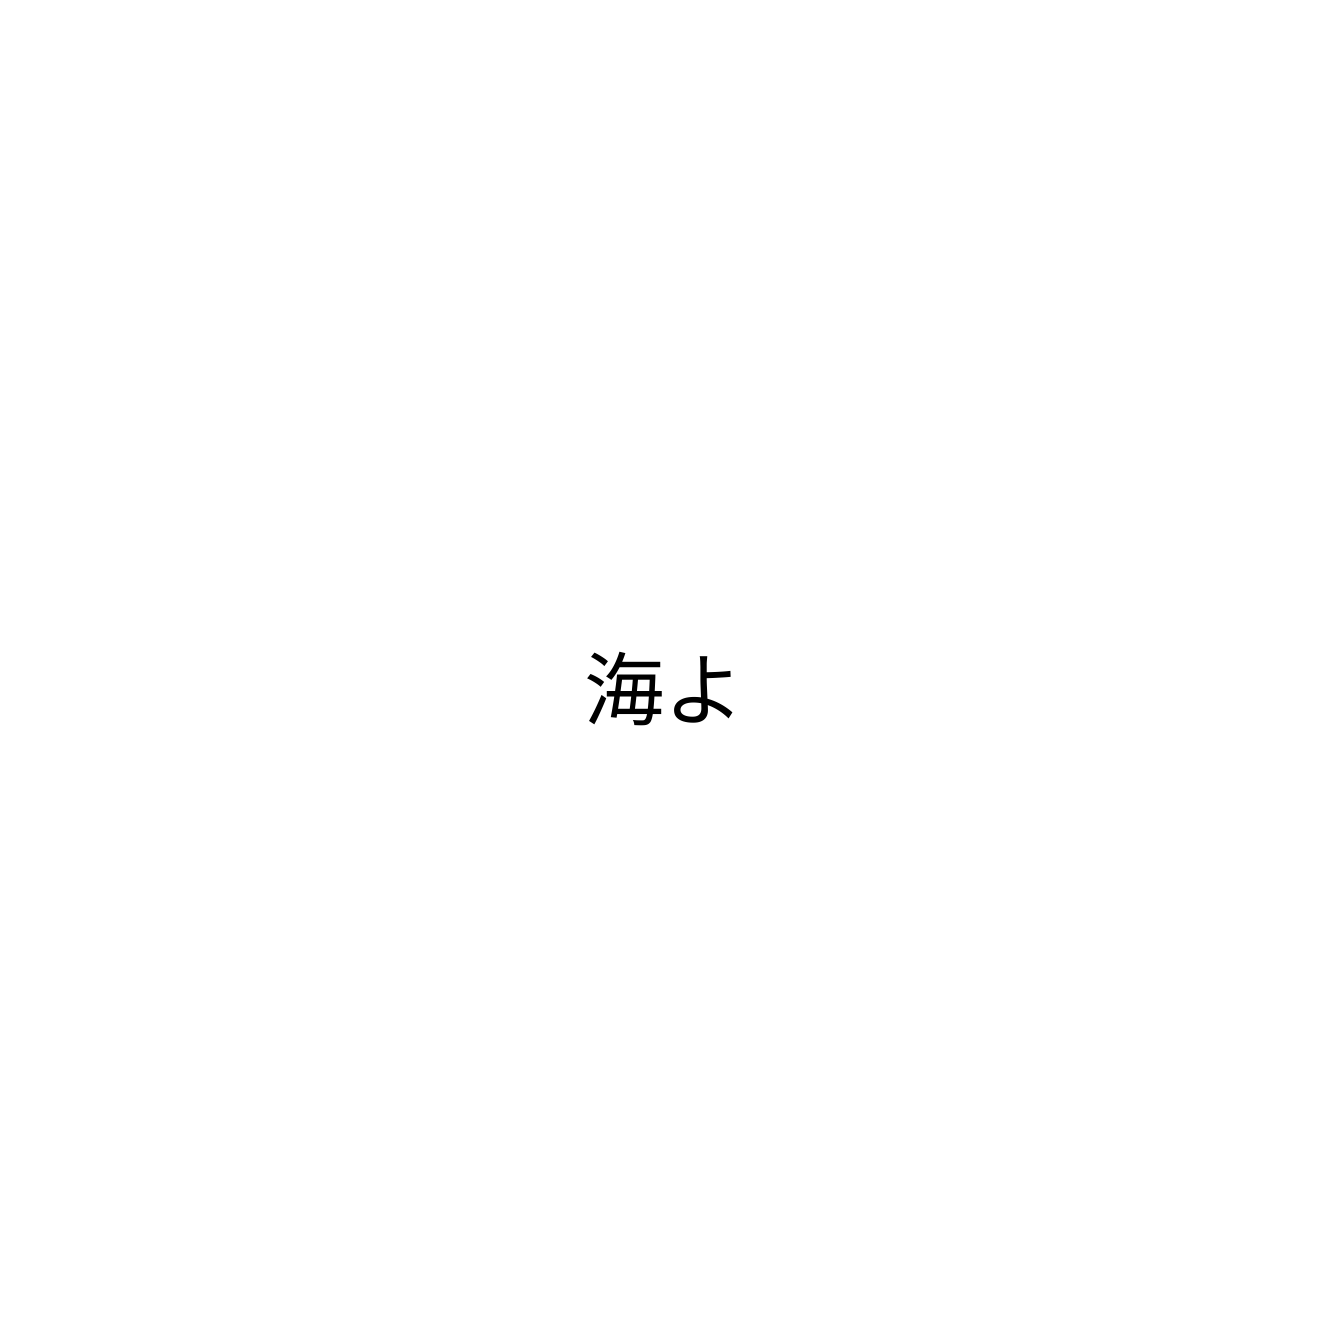
海よ